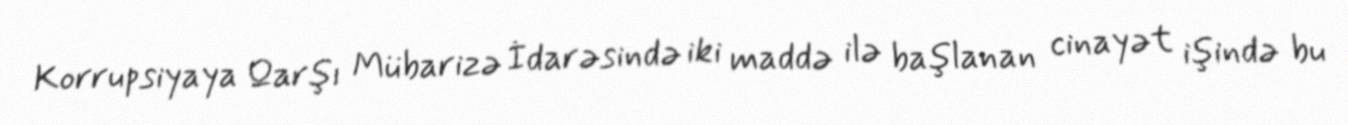
Korrupsiyaya Qarşı Mübarizə İdarəsində iki maddə ilə başlanan cinayət işində bu